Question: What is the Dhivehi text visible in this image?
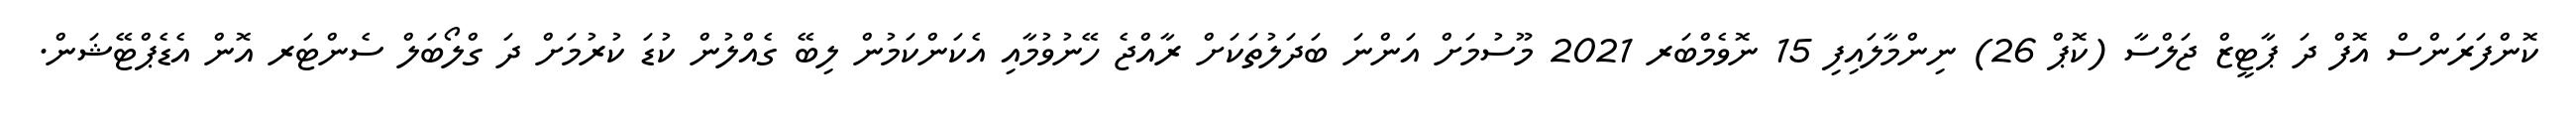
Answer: ކޮންފަރަންސް އޮފް ދަ ޕާޓީޒް ޖަލްސާ (ކޮޕް 26) ނިންމާލައިފި 15 ނޮވެމްބަރ 2021 މޫސުމަށް އަންނަ ބަދަލުތަކަށް ރާއްޖެ ހޭނުވުމާއި އެކަންކަމުން ލިބޭ ގެއްލުން ކުޑަ ކުރުމަށް ދަ ގްލޯބަލް ސެންޓަރ އޮން އެޑެޕްޓޭޝަން.